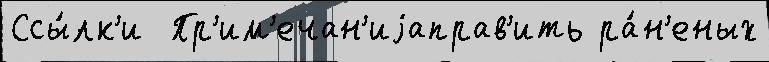
Ссы́лк'и  Пр'им'ечан'иjаправ'ить ра́н'еных